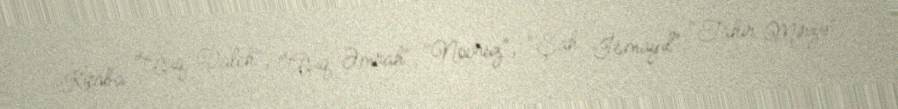
Kitaba "Aşıq Valeh", "Aşıq Əmrah", "Novruz", "Şah İsmayıl", "Tahir Mirzə",